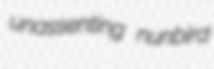
unassenting nunbird